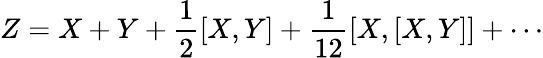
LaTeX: Z=X+Y+{\frac{1}{2}}[X,Y]+{\frac{1}{12}}[X,[X,Y]]+\cdots